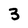
Character: 3